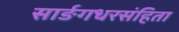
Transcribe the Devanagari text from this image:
सार्ङगधरसंहिता